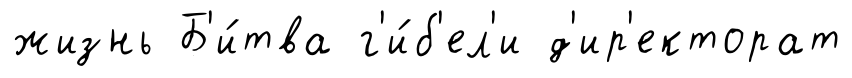
жизнь Б'и́тва г'и́б'ел'и д'ир'екторат